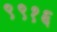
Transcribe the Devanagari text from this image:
९९१६